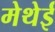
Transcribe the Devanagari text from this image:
मेथेई